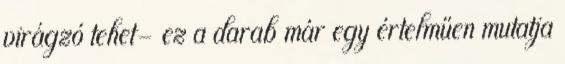
virágzó tehet- ez a darab már egy értelműen mutatja